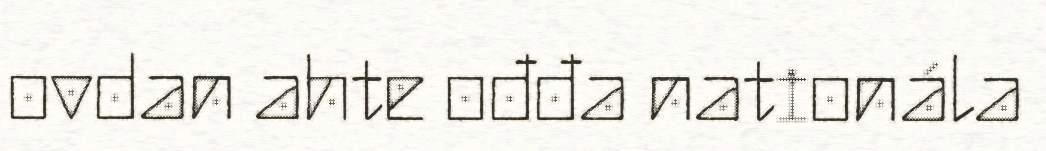
ovdan ahte ođđa nationála